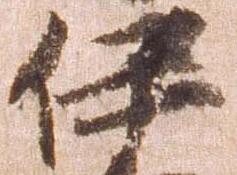
伊